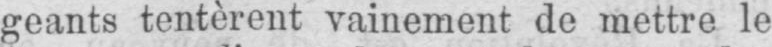
geants tentèrent vainement de mettre le